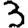
Digit: 3